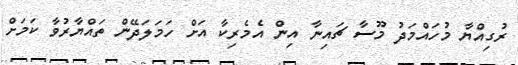
ރުގިއްޔާ މުހައްމަދު މޫސާ ޗައިނާ އިން އެމެރިކާ އަށް ހަމަލަދޭން ތައްޔާރުވާ ކަމަށް